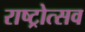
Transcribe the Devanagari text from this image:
राष्ट्रोत्सव